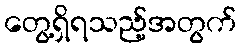
တွေ့ရှိရသည့်အတွက်